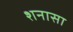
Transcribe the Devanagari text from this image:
शनासा